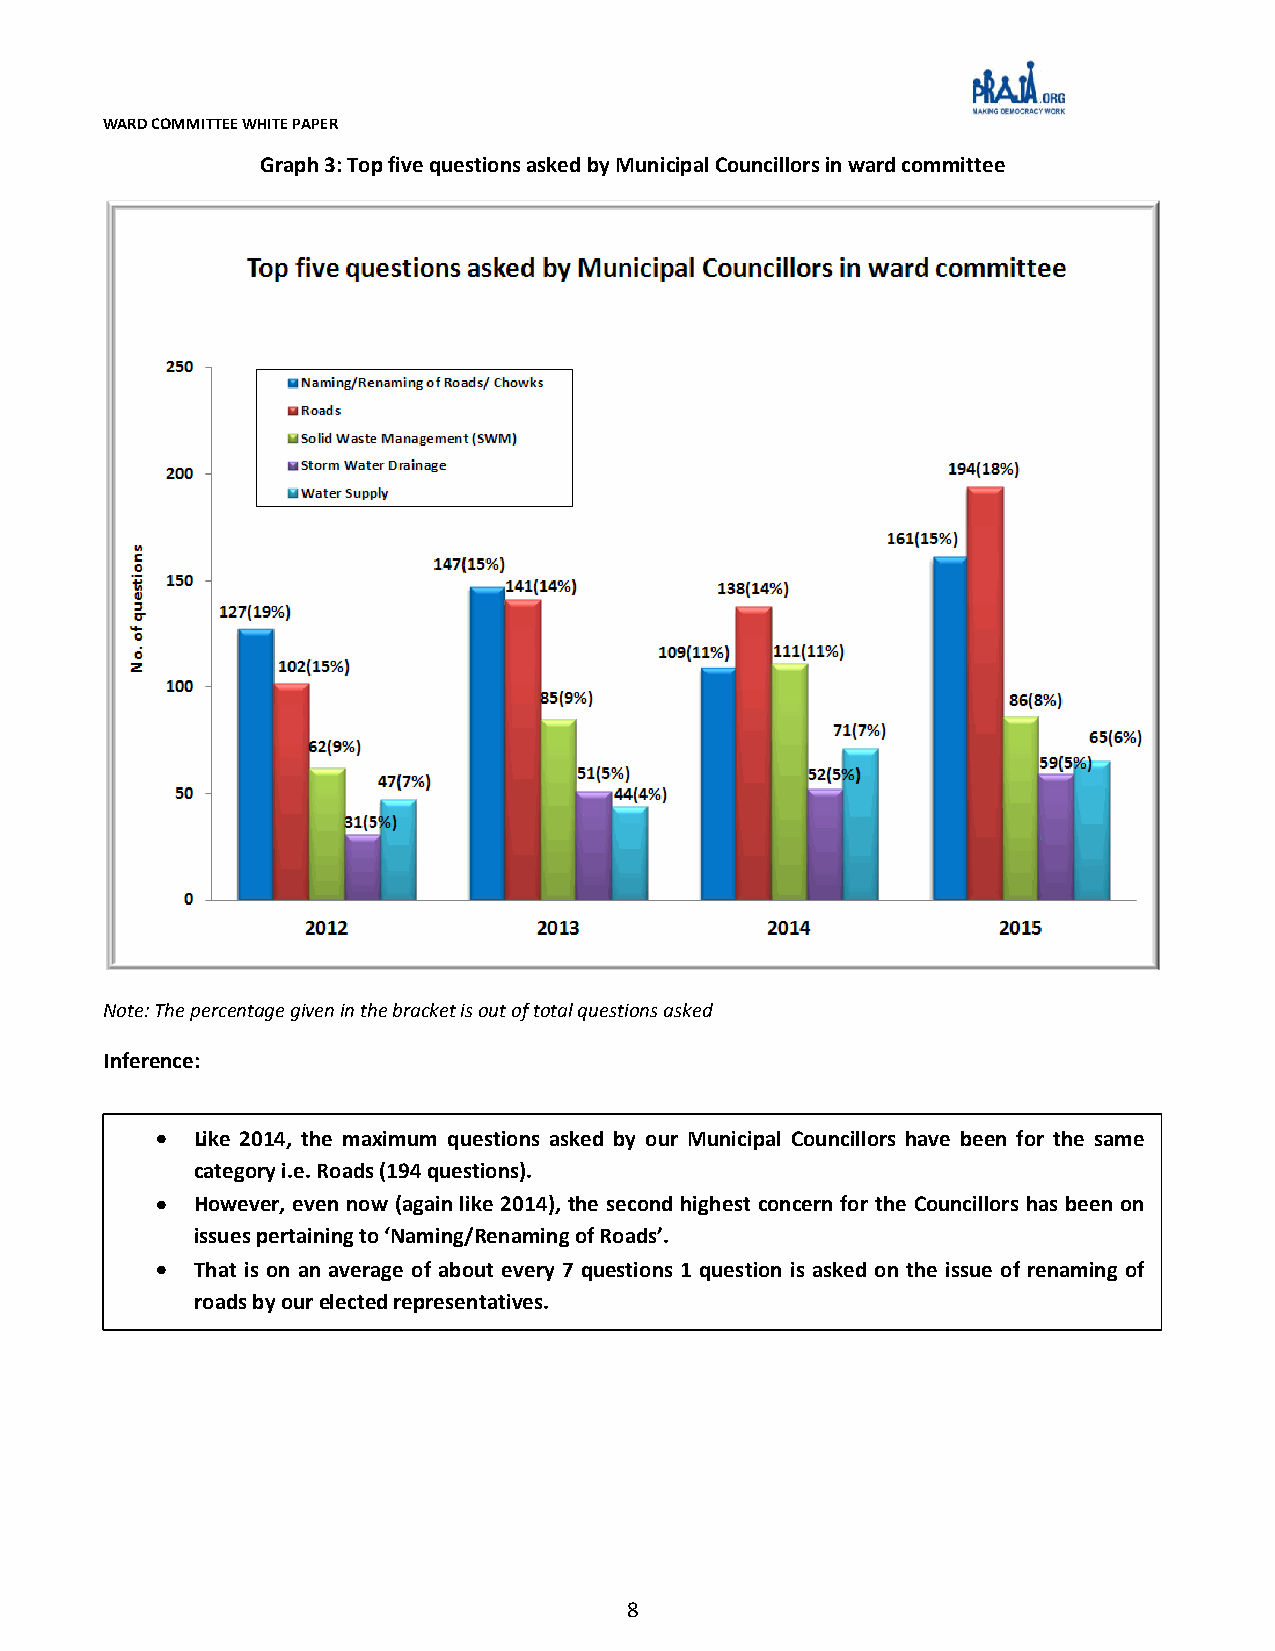
WARD COMMITTEE WHITE PAPER
 Graph 3: Top five questions asked by Municipal Councillors in ward committee
 Note: The percentage given in the bracket is out of total questions asked
 Inference:
 LLiikkee 22001144,, tthhee mmaaxxiimmuumm qquueessttiioonnss aasskkeedd bbyy oouurr MMuunniicciippaall CCoouunncciilllloorrss hhaavvee bbeeeenn ffoorr tthhee ssaammee
 ccaatteeggoorryy ii..ee.. RRooaaddss ((119944 qquueessttiioonnss))..
 HHoowweevveerr,, eevveenn nnooww ((aaggaaiinn lliikkee 22001144)),, tthhee sseeccoonndd hhiigghheesstt ccoonncceerrnn ffoorr tthhee CCoouunncciilllloorrss hhaass bbeeeenn oonn
 iissssuueess ppeerrttaaiinniinngg ttoo ‘‘NNaammiinngg//RReennaammiinngg ooff RRooaaddss’’..
 TThhaatt iiss oonn aann aavveerraaggee ooff aabboouutt eevveerryy 77 qquueessttiioonnss 11 qquueessttiioonn iiss aasskkeedd oonn tthhee iissssuuee ooff rreennaammiinngg ooff
 rrooaaddss bbyy oouurr eelleecctteedd rreepprreesseennttaattiivveess..
 8